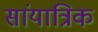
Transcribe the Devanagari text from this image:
सांयात्रिक